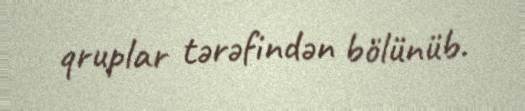
qruplar tərəfindən bölünüb.